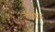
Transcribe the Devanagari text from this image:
टेन्नीज